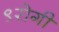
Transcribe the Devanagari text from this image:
९रोगी